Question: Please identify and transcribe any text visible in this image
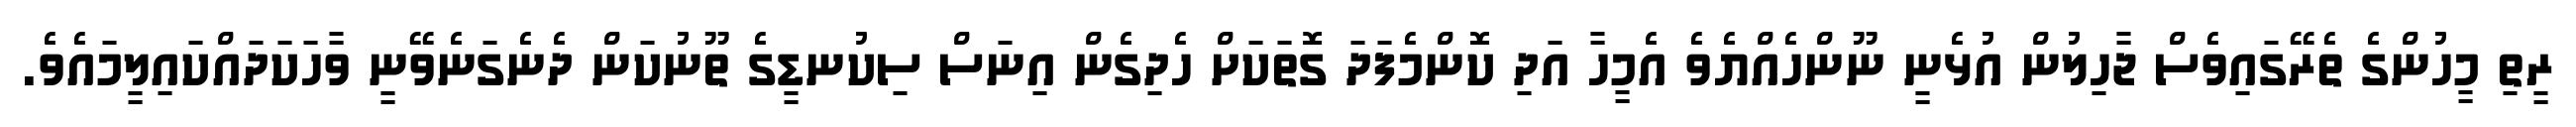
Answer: ރީތި މީހުންގެ ތެރޭގައިވެސް ޖާހިލުން އުޅެނީ ނޫންހެއްޔެވެ އެމީހާ އަދި ކޮންމެފަދަ ގޮތަކަށް ހެދިގެން އިނަސް ސިކުނޑީގެ ތޫނުކަން ދެނެގަނެވޭނީ ވާހަކަދައްކައިލީމައެވެ.